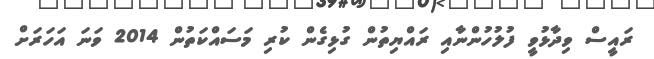
ރައީސް ވިދާޅުވީ ފުލުހުންނާއި ރައްޔިތުން ގުޅިގެން ކުރި މަސައްކަތުން 2014 ވަނަ އަހަރަށް